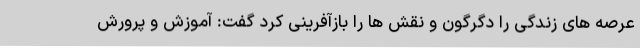
عرصه های زندگی را دگرگون و نقش ها را بازآفرینی کرد گفت: آموزش و پرورش